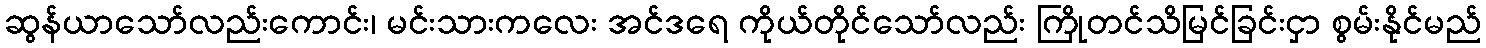
ဆွန်ယာသော်လည်းကောင်း၊ မင်းသားကလေး အင်ဒရေ ကိုယ်တိုင်သော်လည်း ကြိုတင်သိမြင်ခြင်းငှာ စွမ်းနိုင်မည်